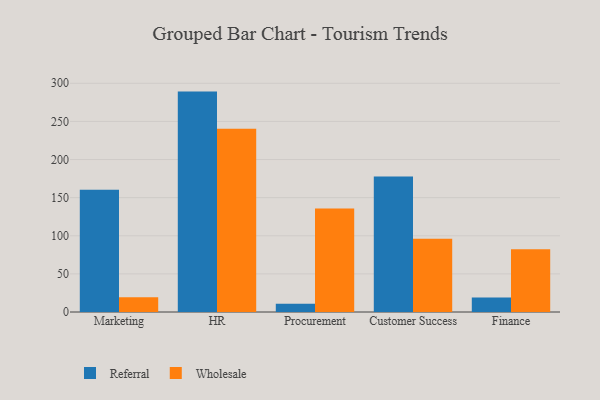
{"axis": {"x": "Department", "y": "Customer Acquisition Cost (USD)"}, "legend": ["Referral", "Wholesale"], "data": [{"x": "Marketing", "y": 160.4, "type": "Referral"}, {"x": "Marketing", "y": 19.3, "type": "Wholesale"}, {"x": "HR", "y": 289.1, "type": "Referral"}, {"x": "HR", "y": 240.4, "type": "Wholesale"}, {"x": "Procurement", "y": 10.9, "type": "Referral"}, {"x": "Procurement", "y": 135.7, "type": "Wholesale"}, {"x": "Customer Success", "y": 177.8, "type": "Referral"}, {"x": "Customer Success", "y": 96.1, "type": "Wholesale"}, {"x": "Finance", "y": 18.9, "type": "Referral"}, {"x": "Finance", "y": 82.3, "type": "Wholesale"}]}